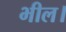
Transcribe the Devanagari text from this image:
भील।